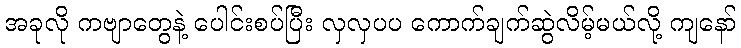
အခုလို ကဗျာတွေနဲ့ ပေါင်းစပ်ပြီး လှလှပပ ကောက်ချက်ဆွဲလိမ့်မယ်လို့ ကျနော်